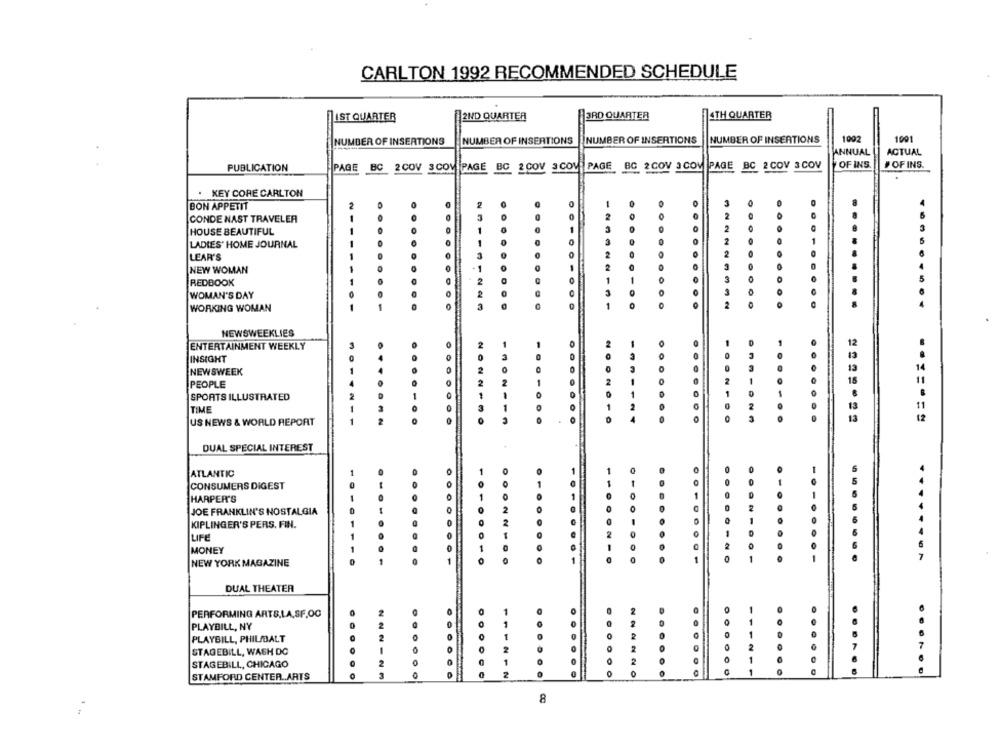
CARLTON 1992 RECOMMENDED SCHEDULE
JUST QUARTER
2ND QUARTER
3RD QUARTER
4TH QUARTER
NUMBER OF INSERTIONS
NUMBER OF INSERTIONS
NUMBER OF INSERTIONS
NUMBER OF INSERTIONS
1002
1001
ANNUAL
ACTUAL
PAGE BC 2 COV SCOM PAGE BC 2 COV 3 COM PAGE BC 2COV 3COM PAGE BC 2 COV 3COV
OF INS.
#OF INS
PUBLICATION
.
KEY CORE CARLTON
BON APPETIT
-
.
CONDE NAST TRAVELER
...
HOUSE BEAUTIFUL
LADIES' HOME JOURNAL
LEAR'S
NEW WOMAN
REDBOOK
3
WOMAN'S DAY
WORKING WOMAN
1
NEWSWEEKLIES
ENTERTAINMENT WEEKLY
O
INSIGHT
NEWSWEEK
PEOPLE
SPORTS ILLUSTRATED
TIME
US NEWS & WORLD REPORT
13
..==.==
DUAL SPECIAL INTEREST
ATLANTIC
CONSUMERS DIGEST
HARPER'S
JOE FRANKLIN'S NOSTALGIA
KIPLINGER'S PERS. FIN.
LIFE
MONEY
NEW YORK MAGAZINE
@ 1
0
DUAL THEATER
PERFORMING ARTS.LA.SF.OC
PLAYBILL, NY
1
PLAYBILL, PHIL/BALT
1
2
-
O
STAGEBILL, WASH DC
O
2
STAGEBILL, CHICAGO
STAMFORD CENTER .. ARTS
222123
0
2
.....
8